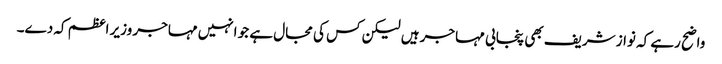
واضح رہے کہ نواز شریف بھی پنجابی مہاجر ہیں لیکن کس کی مجال ہے جو انہیں مہاجر وزیر اعظم کہ دے۔